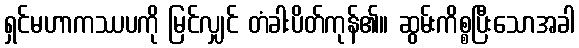
ရှင်မဟာကဿပကို မြင်လျှင် တံခါးပိတ်ကုန်၏။ ဆွမ်းကိစ္စပြီးသောအခါ